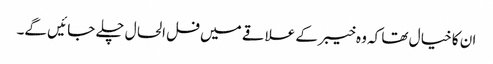
ان کا خیا ل تھا کہ وہ خیبر کے علاقے میں فل الحا ل چلے جا ئیں گے۔